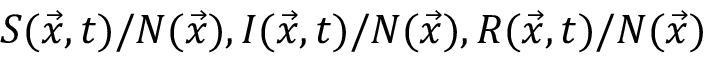
S ( \Vec { x } , t ) / N ( \Vec { x } ) , I ( \Vec { x } , t ) / N ( \Vec { x } ) , R ( \Vec { x } , t ) / N ( \Vec { x } )